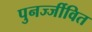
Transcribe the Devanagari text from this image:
पुनर्ज्जीवित